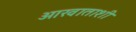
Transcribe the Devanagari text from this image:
आखाताशी